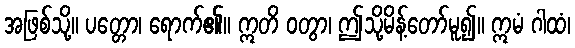
အဖြစ်သို့။ ပတ္တော၊ ရောက်၏။ ဣတိ ဝတွာ၊ ဤသို့မိန့်တော်မူ၍။ ဣမံ ဂါထံ၊